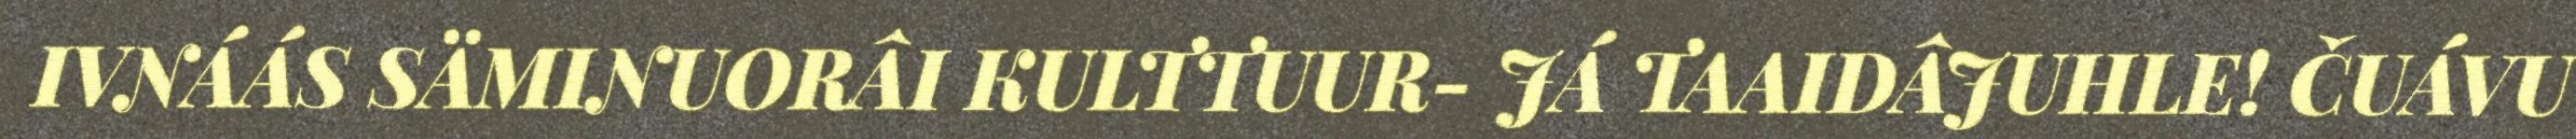
IVNÁÁS SÄMINUORÂI KULTTUUR- JÁ TAAIDÂJUHLE! ČUÁVU